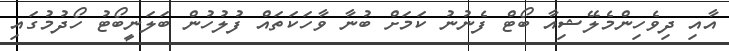
އާއި ދިވެހިންމެލޭޝިއާ ބޯޓް ފެނުނު ކަމަށް ބުނާ ވާހަކަތައް ފުުލުހުން ބަލަނީބޯޓު ހޯދުމުގައި